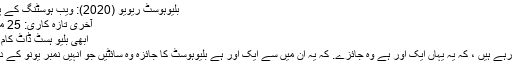
بلیوہوسٹ ریویو (2020): ویب ہوسٹنگ کے پیشہ اور مواقع
آخری تازہ کاری: 25 مارچ ، 2020
ابھی بلیو ہسٹ ڈاٹ کام ملاحظہ کریں
آپ شاید سوچ رہے ہیں ، کہ یہ یہاں ایک اور ہے وہ جائزے. کہ یہ ان میں سے ایک اور ہے بلیوہوسٹ کا جائزہ وہ سائٹیں جو انہیں نمبر یونو کے درجہ پر لائیں!